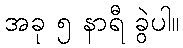
အခု ၅ နာရီ ခွဲပါ။